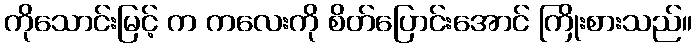
ကိုသောင်းမြင့် က ကလေးကို စိတ်ပြောင်းအောင် ကြိုးစားသည်။